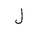
Letter: _lam